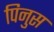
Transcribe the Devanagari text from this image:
पिनुस